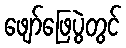
ဖျော်ဖြေပွဲတွင်